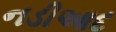
નડીઆદ